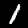
Label: 1